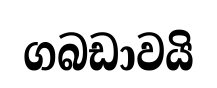
ගබඩාවයි